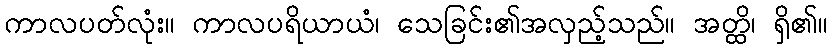
ကာလပတ်လုံး။ ကာလပရိယာယံ၊ သေခြင်း၏အလှည့်သည်။ အတ္ထိ၊ ရှိ၏။